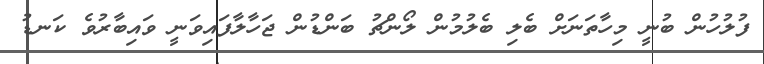
ފުލުހުން ބުނީ މިހާތަނަށް ބެލި ބެލުމުން ލޯންޗު ބަންޑުން ޖަހާލާފައިވަނީ ވައިބާރުވެ ކަނޑު